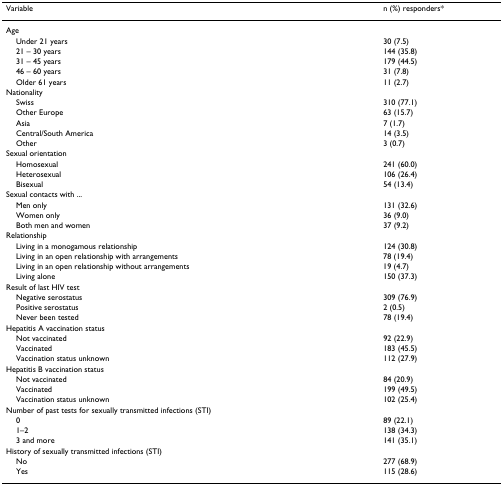
| Variable | n (%) responders* |
 | --- | --- |
 | Age |  |
 | Under 21 years | 30 (7.5) |
 | 21 – 30 years | 144 (35.8) |
 | 31 – 45 years | 179 (44.5) |
 | 46 – 60 years | 31 (7.8) |
 | Older 61 years | 11 (2.7) |
 | Nationality |  |
 | Swiss | 310 (77.1) |
 | Other Europe | 63 (15.7) |
 | Asia | 7 (1.7) |
 | Central/South America | 14 (3.5) |
 | Other | 3 (0.7) |
 | Sexual orientation |  |
 | Homosexual | 241 (60.0) |
 | Heterosexual | 106 (26.4) |
 | Bisexual | 54 (13.4) |
 | Sexual contacts with ... |  |
 | Men only | 131 (32.6) |
 | Women only | 36 (9.0) |
 | Both men and women | 37 (9.2) |
 | Relationship |  |
 | Living in a monogamous relationship | 124 (30.8) |
 | Living in an open relationship with arrangements | 78 (19.4) |
 | Living in an open relationship without arrangements | 19 (4.7) |
 | Living alone | 150 (37.3) |
 | Result of last HIV test |  |
 | Negative serostatus | 309 (76.9) |
 | Positive serostatus | 2 (0.5) |
 | Never been tested | 78 (19.4) |
 | Hepatitis A vaccination status |  |
 | Not vaccinated | 92 (22.9) |
 | Vaccinated | 183 (45.5) |
 | Vaccination status unknown | 112 (27.9) |
 | Hepatitis B vaccination status |  |
 | Not vaccinated | 84 (20.9) |
 | Vaccinated | 199 (49.5) |
 | Vaccination status unknown | 102 (25.4) |
 | Number of past tests for sexually transmitted infections (STI) |  |
 | 0 | 89 (22.1) |
 | 1–2 | 138 (34.3) |
 | 3 and more | 141 (35.1) |
 | History of sexually transmitted infections (STI) |  |
 | No | 277 (68.9) |
 | Yes | 115 (28.6) |